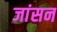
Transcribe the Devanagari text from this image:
जांसन